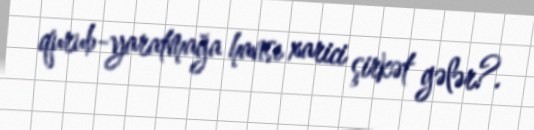
qurub-yaratmağa hansı xarici şirkət gələr?.